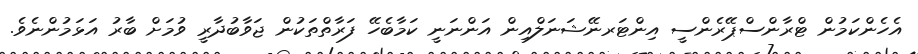
އެހެންކަމުން ޓްރާންސްޕޭރެންސީ އިންޓަރނޭޝަނަލްއިން އަންނަނީ ކަމާބެހޭ ފަރާތްތަކުން ޖަވާބުދާރީ ވުމަށް ބާރު އަޅަމުންނެވެ.